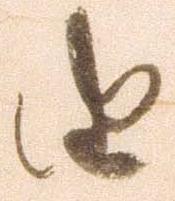
由